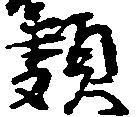
類